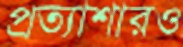
প্রত্যাশারও